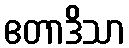
ဧတာဒိသာ